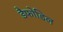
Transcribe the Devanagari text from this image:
डैफोडिल